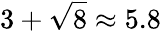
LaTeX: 3+{\sqrt{8}}\approx 5.8